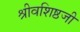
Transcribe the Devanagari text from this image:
श्रीवशिष्ठजी